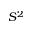
S ^ { 2 }